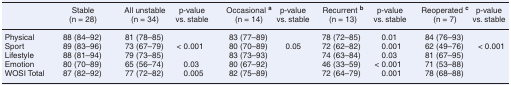
<table><thead><tr><td></td><td><b>Stable (n = 28)</b></td><td><b>All unstable (n = 34)</b></td><td><b>p-value vs. stable</b></td><td><b>Occasional <sup>a</sup> (n = 14)</b></td><td><b>p-value vs. stable</b></td><td><b>Recurrent <sup>b</sup> (n = 13)</b></td><td><b>p-value vs. stable</b></td><td><b>Reoperated <sup>c</sup> (n = 7)</b></td><td><b>p-value vs. stable</b></td></tr></thead><tbody><tr><td>Physical</td><td>88 (84–92)</td><td>81 (78–85)</td><td></td><td>83 (77–89)</td><td></td><td>78 (72–85)</td><td>0.01</td><td>84 (76–93)</td><td></td></tr><tr><td>Sport</td><td>89 (83–96)</td><td>73 (67–79)</td><td>&lt; 0.001</td><td>80 (70–89)</td><td>0.05</td><td>72 (62–82)</td><td>0.001</td><td>62 (49–76)</td><td>&lt; 0.001</td></tr><tr><td>Lifestyle</td><td>88 (81–94)</td><td>79 (73–85)</td><td></td><td>83 (73–93)</td><td></td><td>74 (63–84)</td><td>0.03</td><td>81 (67–95)</td><td></td></tr><tr><td>Emotion</td><td>80 (70–89)</td><td>65 (56–74)</td><td>0.03</td><td>80 (67–92)</td><td></td><td>46 (33–59)</td><td>&lt; 0.001</td><td>71 (53–88)</td><td></td></tr><tr><td>WOSI Total</td><td>87 (82–92)</td><td>77 (72–82)</td><td>0.005</td><td>82 (75–89)</td><td></td><td>72 (64–79)</td><td>0.001</td><td>78 (68–88)</td><td></td></tr></tbody></table>